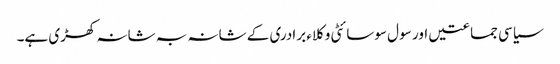
سیاسی جماعتیں اور سو ل سوسائٹی وکلاء برادری کے شانہ بہ شانہ کھڑی ہے۔